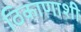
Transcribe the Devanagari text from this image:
ठिकाणाशी